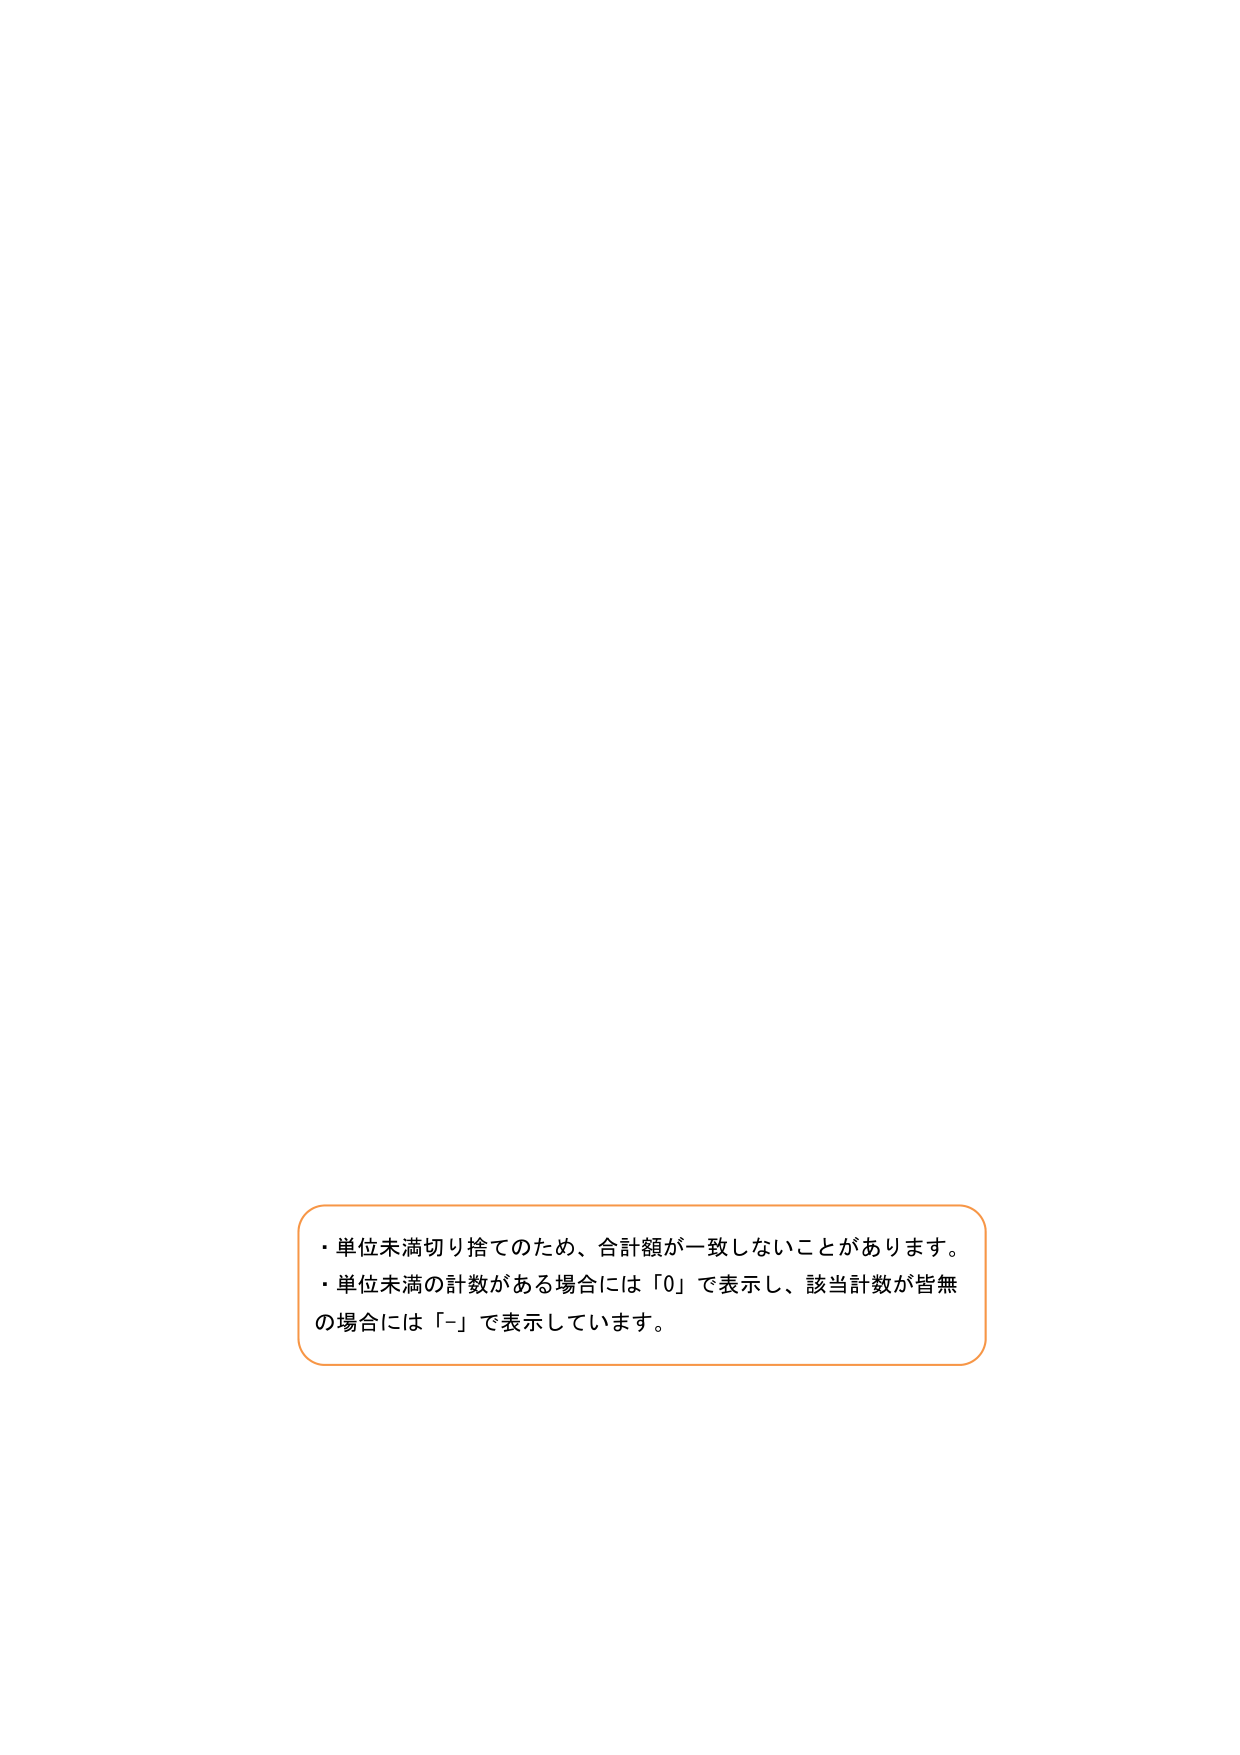
・単位未満切り捨てのため、合計額が一致しないことがあります。
・単位未満の計数がある場合には「0」で表示し、該当計数が皆無の場合には「-」で表示しています。